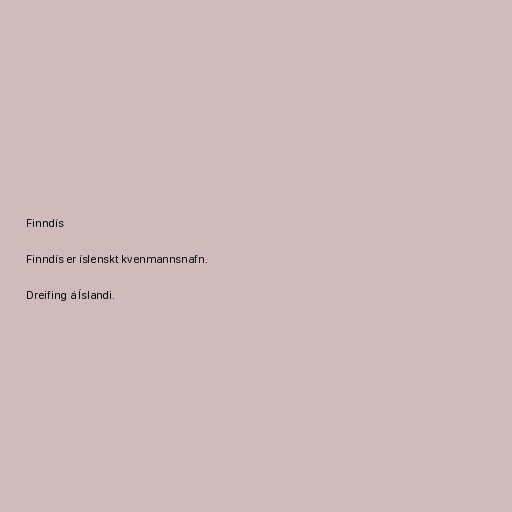
Finndís

Finndís er íslenskt kvenmannsnafn.

Dreifing á Íslandi.